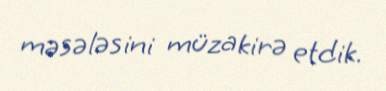
məsələsini müzakirə etdik.